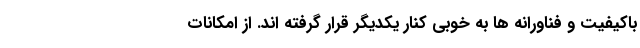
باکیفیت و فناورانه ها به خوبی کنار یکدیگر قرار گرفته اند. از امکانات